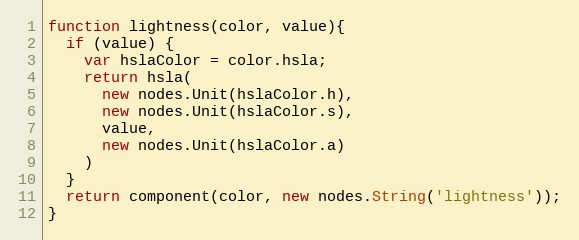
Language: JavaScript
function lightness(color, value){
  if (value) {
    var hslaColor = color.hsla;
    return hsla(
      new nodes.Unit(hslaColor.h),
      new nodes.Unit(hslaColor.s),
      value,
      new nodes.Unit(hslaColor.a)
    )
  }
  return component(color, new nodes.String('lightness'));
}